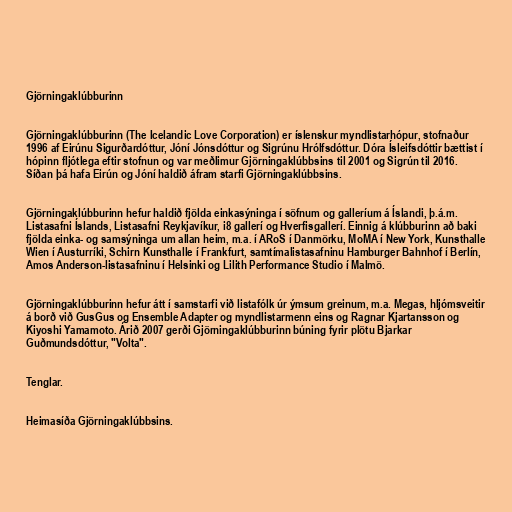
Gjörningaklúbburinn

Gjörningaklúbburinn (The Icelandic Love Corporation) er íslenskur myndlistarhópur, stofnaður
1996 af Eirúnu Sigurðardóttur, Jóní Jónsdóttur og Sigrúnu Hrólfsdóttur. Dóra Ísleifsdóttir bættist í
hópinn fljótlega eftir stofnun og var meðlimur Gjörningaklúbbsins til 2001 og Sigrún til 2016.
Síðan þá hafa Eirún og Jóní haldið áfram starfi Gjörningaklúbbsins.

Gjörningaklúbburinn hefur haldið fjölda einkasýninga í söfnum og galleríum á Íslandi, þ.á.m.
Listasafni Íslands, Listasafni Reykjavíkur, i8 gallerí og Hverfisgallerí. Einnig á klúbburinn að baki
fjölda einka- og samsýninga um allan heim, m.a. í ARoS í Danmörku, MoMA í New York, Kunsthalle
Wien í Austurríki, Schirn Kunsthalle í Frankfurt, samtímalistasafninu Hamburger Bahnhof í Berlín,
Amos Anderson-listasafninu í Helsinki og Lilith Performance Studio í Malmö.

Gjörningaklúbburinn hefur átt í samstarfi við listafólk úr ýmsum greinum, m.a. Megas, hljómsveitir
á borð við GusGus og Ensemble Adapter og myndlistarmenn eins og Ragnar Kjartansson og
Kiyoshi Yamamoto. Árið 2007 gerði Gjörningaklúbburinn búning fyrir plötu Bjarkar
Guðmundsdóttur, "Volta".

Tenglar.

Heimasíða Gjörningaklúbbsins.